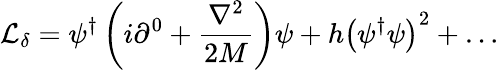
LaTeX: {{\cal L}}_{\delta}=\psi^{\dagger}\left(i\partial^{0}+{\frac{{\nabla}^{2}}{2M}}\right)\psi+h\left(\psi^{\dagger}\psi\right)^{2}+\dots